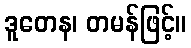
ဒူတေန၊ တမန်ဖြင့်။